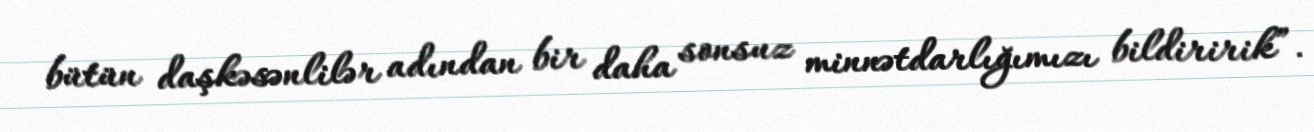
bütün daşkəsənlilər adından bir daha sonsuz minnətdarlığımızı bildiririk”.